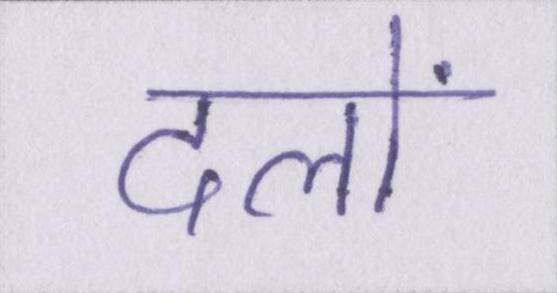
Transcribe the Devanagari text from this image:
दलों